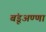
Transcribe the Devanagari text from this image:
बंडूअण्णा